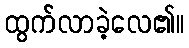
ထွက်လာခဲ့လေ၏။